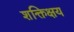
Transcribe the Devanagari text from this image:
शक्तिक्षय